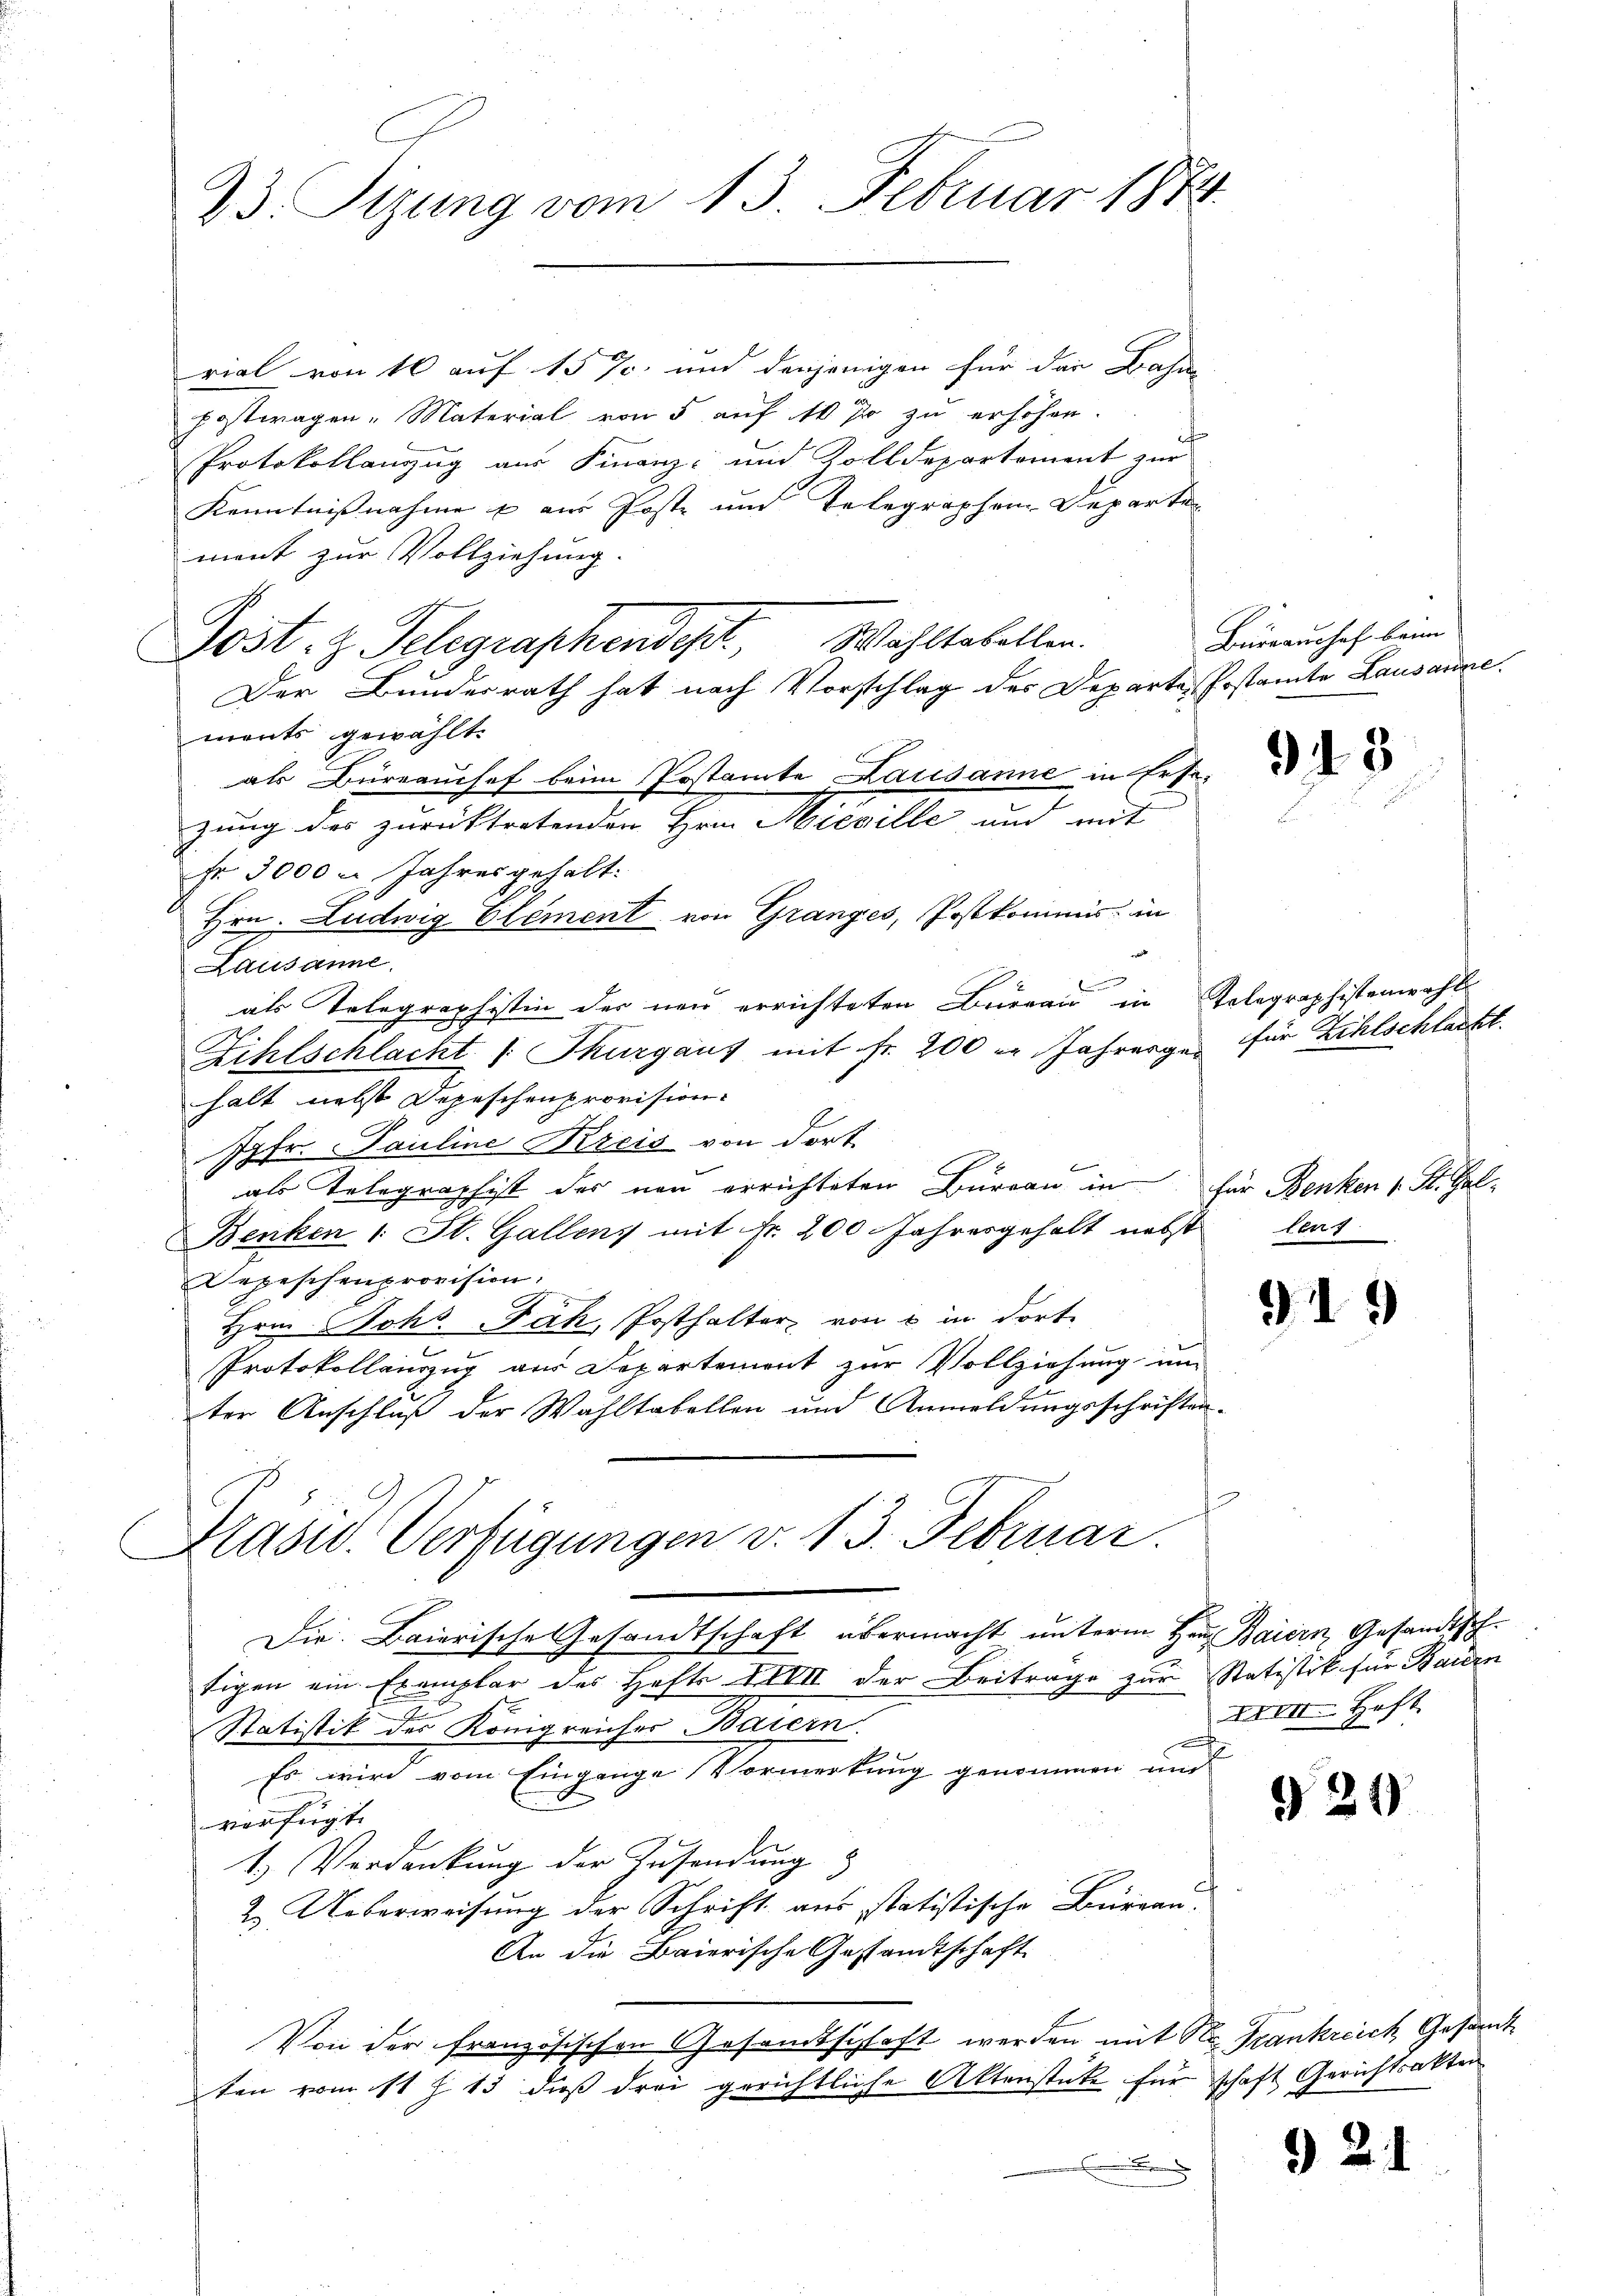
23. Sizung vom 13. Februar 1874.

rial von 16 auf 15 % und denjenigen für der Bahne
postwagen - Material von 5 auf 10 % zu erhöhen.
i
Protokollanzug aus Finanz- und Zolldepartement zur
Kenntnißnahme & am Poste und Telegraphen Departe
ment zur Vollziehung.
Söst. z. Telegraphendept, Wahltabellen.
Der Bundesrath hat nach Vorschlag des Departe Postamte Lausanne.
ments gewählt.
als Büreaushof beim Postamte Lausanne in Ersezung des zurücktretenden Hrn. Sieville und mit
Fr. 3000 u. Jahres gehalt.
7
Hrn. Ludwig Element von Gränz(...) Postkommis in
t
Lausanne.
als Telegraphistin der neu errichteten Brienau in Telegraphistenwahl
Zihlschlacht /: Thurgaus mit Fr. 200 er Jahrenge für Zihlschlacht.
halt nebst Depeschenprovision.
I7fr. Pauline Kreis von dort.
B
als Telegraphist des neu errichteten Bureau in für Benken 1 St. Gal-
Benken 1 St. Gallens mit Fr. 200 Jahresgehalt nebst
Depeschenprovision.
Hrn. Johs. Fach, Posthalter von 6 in dorte
Protokollauszug aus Departement zur Vollziehung un
ter Anschluß der Wahltabellen und Anmeldungsschriften-
Präsid. Verfügungen v. 13. Februar.
Die Baierische Gesandtschaft übermacht unterm Haus Baiern, Gesandtschtigen ein Exemplar des Hefts XIII der Beitrage zur Statistik für Bauern
Statistik des Königreicher Baiern.
Es wird vom Eingange Vormerkung genommen und
verfügt.
1.) Verdankung der Zusendung
2. Ueberweisung der Schrift aus statistische Burgau.
An die Baierische Gestandtschaft
Von der französischen Gesamtschaft werden mit St. Frankreich, Gesandt
ten vom 11 Z. 13, daß drei gerichtliche Aktenstüke für schaft Gerichtsakten
.

C

Bürraushof beim

913

lberg

919

XVIII. Haft

921)

21